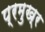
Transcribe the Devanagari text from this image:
प्रमुख्र